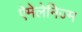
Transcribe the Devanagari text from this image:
ऐमेलेनिज्म